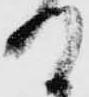
て